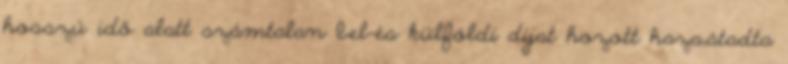
hosszú idő alatt számtalan bel-és külföldi díjat hozott haza,átadta